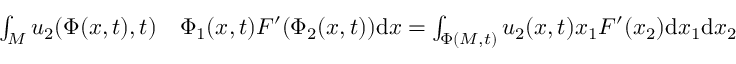
\begin{array} { r l } { \int _ { M } u _ { 2 } ( \Phi ( x , t ) , t ) } & { { } \Phi _ { 1 } ( x , t ) F ^ { \prime } ( \Phi _ { 2 } ( x , t ) ) \mathrm { d } x = \int _ { \Phi ( M , t ) } u _ { 2 } ( x , t ) x _ { 1 } F ^ { \prime } ( x _ { 2 } ) \mathrm { d } x _ { 1 } \mathrm { d } x _ { 2 } } \end{array}